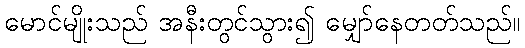
မောင်မျိုးသည် အနီးတွင်သွား၍ မျှော်နေတတ်သည်။